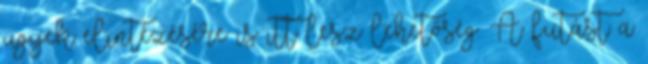
ügyek elintézésére is itt lesz lehetőség. A futást a